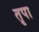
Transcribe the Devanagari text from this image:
तृपा